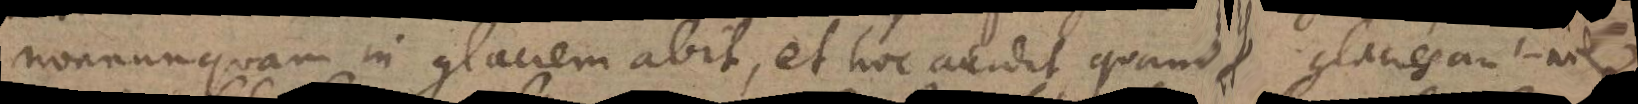
nonnunquam in glaciem abit, et hoc accidit, quando glacies aut nix